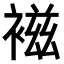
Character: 𧛏